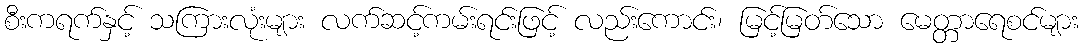
စီးကရက်နှင့် သကြားလုံးများ လက်ဆင့်ကမ်းရင်းဖြင့် လည်းကောင်း၊ မြင့်မြတ်သော မေတ္တာရေစင်များ